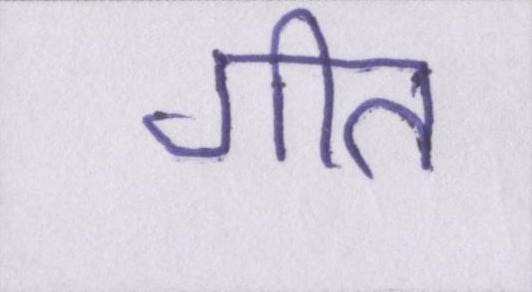
गीत